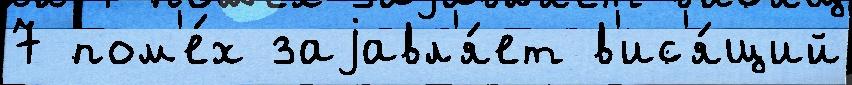
7 пом'е́х заjавл'я́ет в'ис'я́щий